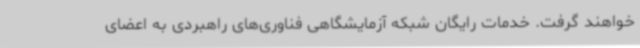
خواهند گرفت. خدمات رایگان شبکه آزمایشگاهی فناوری‌های راهبردی به اعضای